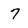
Character: 7